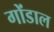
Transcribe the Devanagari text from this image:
गोंडाल